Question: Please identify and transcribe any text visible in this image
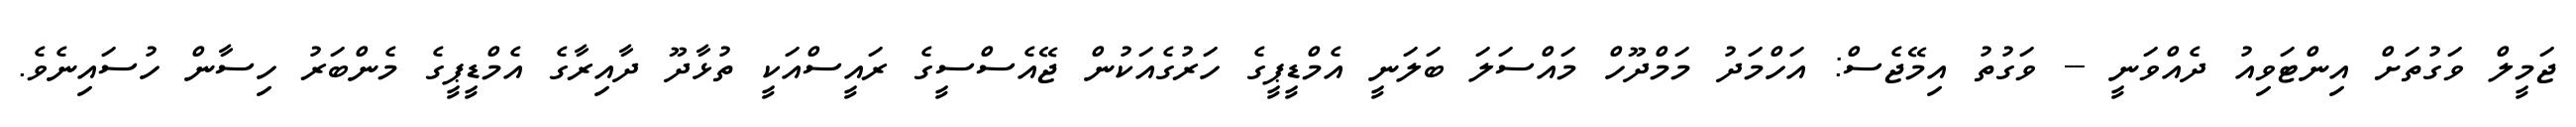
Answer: ޖަމީލް ވަގުތަށް އިންޓަވިއު ދެއްވަނީ -- ވަގުތު އިމޭޖެސް: އަހްމަދު މަމްދޫހް މައްސަލަ ބަލަނީ އެމްޑީޕީގެ ހަރުގެއަކުން ޖޭއެސްސީގެ ރައީސްއަކީ ތުޅާދޫ ދާއިރާގެ އެމްޑީޕީގެ މެންބަރު ހިސާން ހުސައިނެވެ.